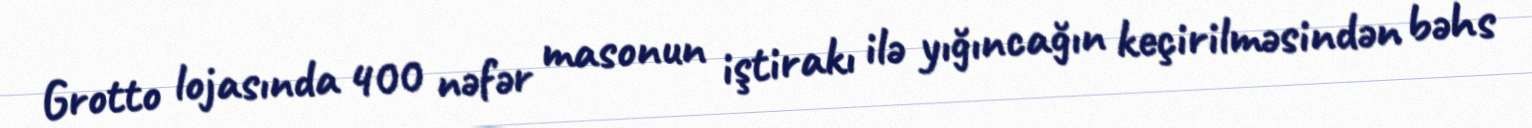
Grotto lojasında 400 nəfər masonun iştirakı ilə yığıncağın keçirilməsindən bəhs